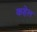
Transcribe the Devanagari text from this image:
कहेल